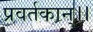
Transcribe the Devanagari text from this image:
प्रवर्तकान्।।